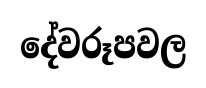
දේවරූපවල